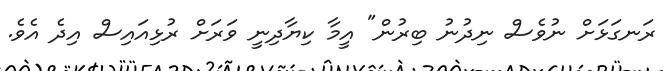
ރަނގަޅަށް ނުވެސް ނިދުނު ބިރުން" އީމާ ކިޔާދިނީ ވަރަށް ރުޅިއައިސް އިދެ އެވެ.